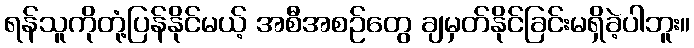
ရန်သူကိုတုံ့ပြန်နိုင်မယ့် အစီအစဉ်တွေ ချမှတ်နိုင်ခြင်းမရှိခဲ့ပါဘူး။